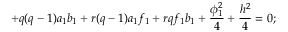
+ q ( q - 1 ) a _ { 1 } b _ { 1 } + r ( q - 1 ) a _ { 1 } f _ { 1 } + r q f _ { 1 } b _ { 1 } + \frac { \phi _ { 1 } ^ { 2 } } { 4 } + \frac { h ^ { 2 } } { 4 } = 0 ;